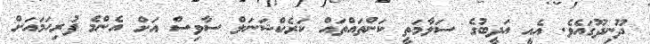
ދޫނިދޫގައެވެ. އެއީ އަދީބުގެ ސަލާމަތީ ކަންތައްތައް ކަރެކްޝަނަލް ސާވިސް އަށް އެންމެ ފުރިހަމައަށް